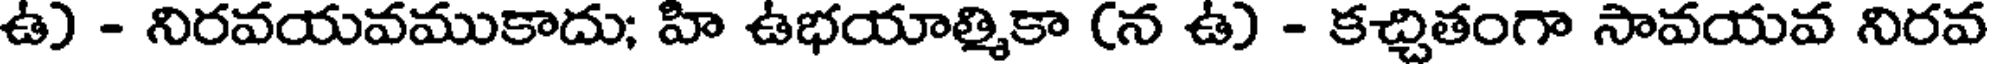
ఉ) - నిరవయవముకాదు; హి ఉభయాత్మికా (న ఉ) - కచ్చితంగా సావయవ నిరవ